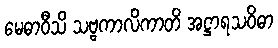
မေဓာဝီသိ သဗ္ဗကာလိကာတိ အဋ္ဌာရသဝိဓာ